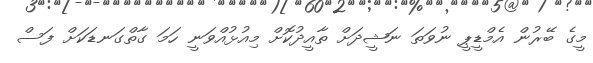
މީގެ ބޭރުން އެމްޑީޕީ ނުވަތަ ނަޝީދަށް ތާއީދުކޮށް މިއުޅުއްވަނީ ހަމަ ގާތްގަނޑަކަށް ފަސް